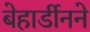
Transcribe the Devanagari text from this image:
बेहार्डीनने